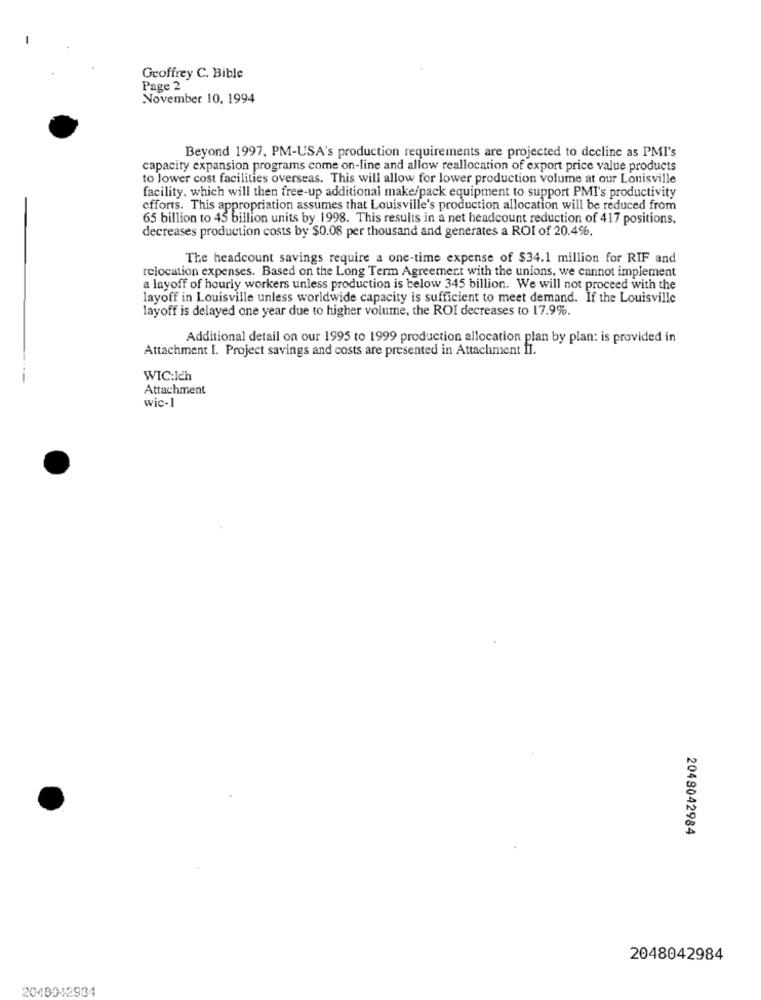
Geoffrey C. Bible
Page 2
November 10, 1994
Beyond 1997, PM-USA's production requirements are projected to decline as PMI's
capacity expansion programs come on-line and allow reallocation of export price value products
to lower cost facilities overseas. This will allow for lower production volume at our Louisville
facility, which will then free-up additional make/pack equipment to support PMI's productivity
efforts. This appropriation assumes that Louisville's production allocation will be reduced from
65 billion to 45 billion units by 1998. This results in a net headcount reduction of 417 positions.
decreases production costs by $0.08 per thousand and generates a ROI of 20.4%.
The headcount savings require a one-time expense of $34.1 million for RIF and
relocation expenses. Based on the Long Term Agreement with the unions, we cannot implement
a layoff of hourly workers unless production is below 345 billion. We will not proceed with the
layoff in Louisville unless worldwide capacity is sufficient to meet demand. If the Louisville
layoff is delayed one year due to higher volume, the ROI decreases to 17.9%.
Additional detail on our 1995 to 1999 production allocation plan by plan: is provided in
Attachment I. Project savings and costs are presented in Attachment II.
WIC:Ich
Attachment
wie-1
2048042984
2048042984
2048012904